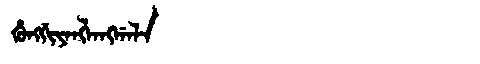
Manchu: ᡥᡠᠩᡤᡳᠶᠠᠩᠯᠠᠩᡤᠠᠯᠠ
Romanization: HUNGGIYANGLANGGALA